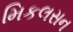
મિકલસન